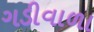
ગડીવાળા